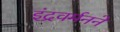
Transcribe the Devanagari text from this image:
इंद्रवर्मनने